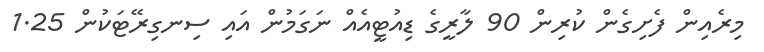
މިރެއިން ފެށިގެން ކުރިން 90 ލާރީގެ ޑިއުޓީއެއް ނަގަމުން އައި ސިނގިރޭޓަކުން 1.25